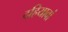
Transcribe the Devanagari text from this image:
दहियावां